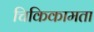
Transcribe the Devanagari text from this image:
चिकिकामता